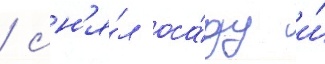
/ сн'я́л оса́ду и́